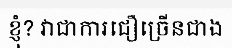
ខ្ញុំ? វាជាការជឿច្រើនជាង